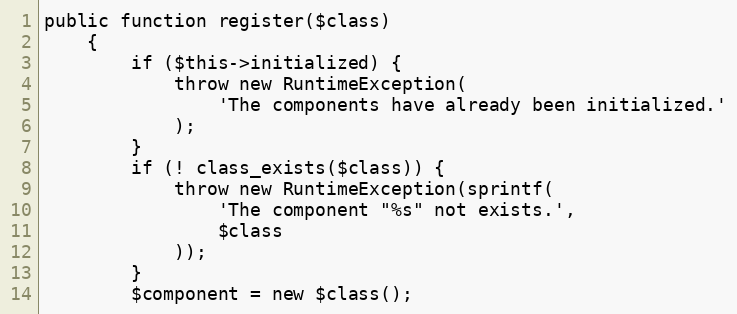
Language: PHP
public function register($class)
    {
        if ($this->initialized) {
            throw new RuntimeException(
                'The components have already been initialized.'
            );
        }
        if (! class_exists($class)) {
            throw new RuntimeException(sprintf(
                'The component "%s" not exists.',
                $class
            ));
        }
        $component = new $class();